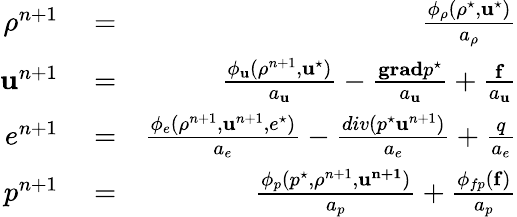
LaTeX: \begin{array}{rlr}{\rho^{n+1}}&{{}=}&{\frac{\phi_{\rho}(\rho^{\star},\mathbf{u}^{\star})}{a_{\rho}}}\\ {\mathbf{u}^{n+1}}&{{}=}&{\frac{\phi_{\mathbf{u}}(\rho^{n+1},\mathbf{u}^{\star})}{a_{\mathbf{u}}}-\frac{\mathbf{grad}p^{\star}}{a_{\mathbf{u}}}+\frac{\mathbf{f}}{a_{\mathbf{u}}}}\\ {e^{n+1}}&{{}=}&{\frac{\phi_{e}(\rho^{n+1},\mathbf{u}^{n+1},e^{\star})}{a_{e}}-\frac{div(p^{\star}\mathbf{u}^{n+1})}{a_{e}}+\frac{q}{a_{e}}}\\ {p^{n+1}}&{{}=}&{\frac{\phi_{p}(p^{\star},\rho^{n+1},\mathbf{u^{n+1}})}{a_{p}}+\frac{\phi_{fp}(\mathbf{f})}{a_{p}}}\end{array}